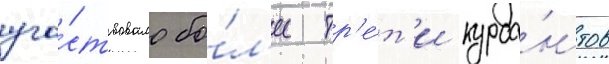
уча́ствовало бо́л'ее тр'е́т'и курса́нтов